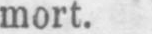
mort.